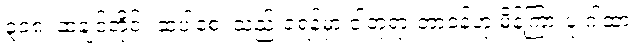
၃၀၈၊ ဆဲချင်တိုင်း ဆဲပါစေ၊ သည်းခံရန်မှာ ငါဘုရားတာဝန်ဟု မိန့်ကြားပုံ ဂါထာ။